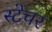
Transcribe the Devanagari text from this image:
स्टेचर